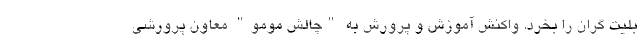
بلیت گران را بخرد. واکنش آموزش و پرورش به "چالش مومو" معاون پرورشی